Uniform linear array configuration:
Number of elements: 4
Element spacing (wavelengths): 0.25
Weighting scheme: binomial
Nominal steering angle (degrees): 0
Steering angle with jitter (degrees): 0.3127
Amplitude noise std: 0.05
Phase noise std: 0.05

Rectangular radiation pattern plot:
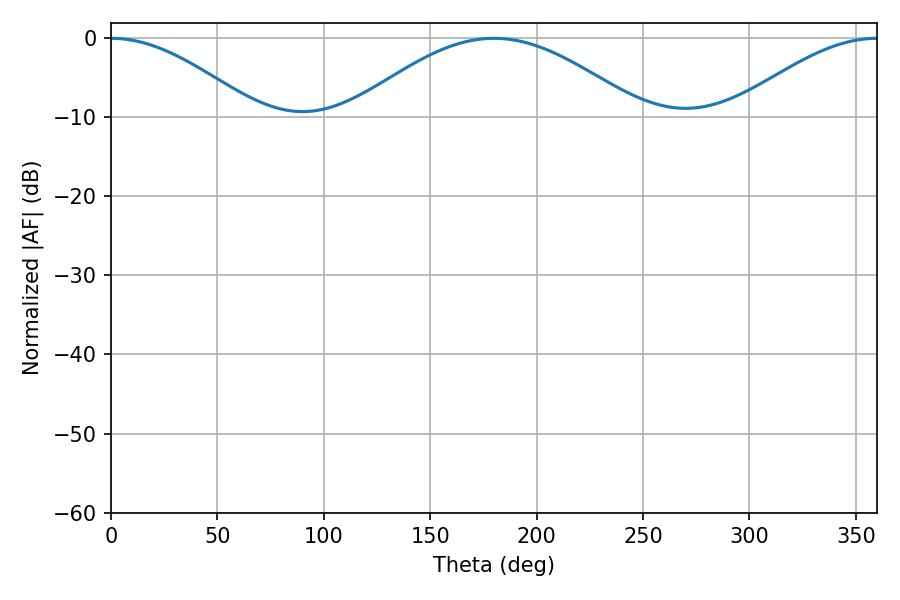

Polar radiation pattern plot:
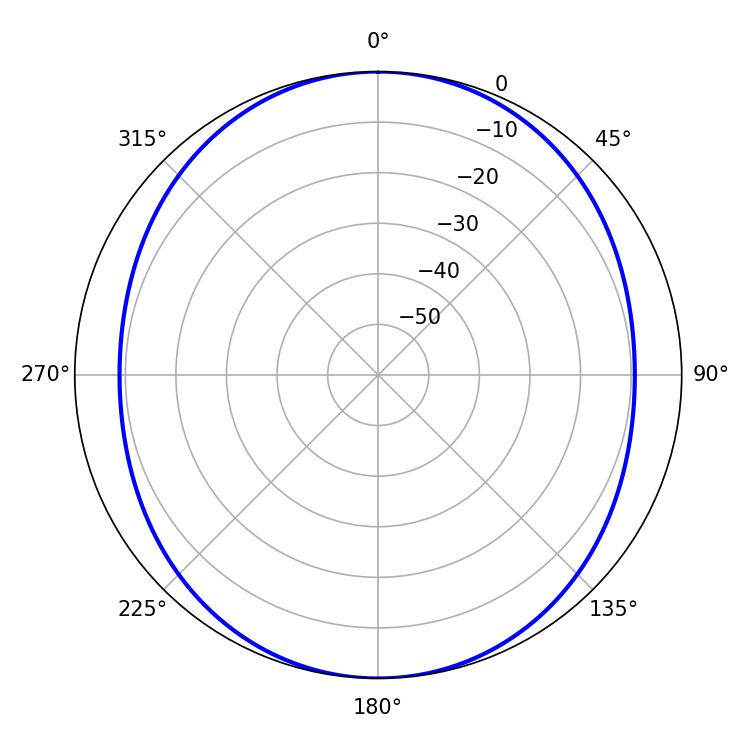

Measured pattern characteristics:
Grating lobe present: FALSE
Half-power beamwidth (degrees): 36.54
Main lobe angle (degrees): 0